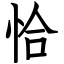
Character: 恰